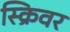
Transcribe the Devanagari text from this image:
स्क्रिवर